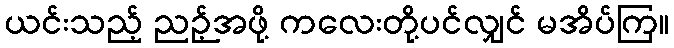
ယင်းသည့် ညဉ့်အဖို့ ကလေးတို့ပင်လျှင် မအိပ်ကြ။